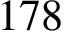
1 7 8